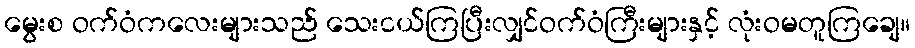
မွေးစ ဝက်ဝံကလေးများသည် သေးငယ်ကြပြီးလျှင်ဝက်ဝံကြီးများနှင့် လုံးဝမတူကြချေ။